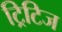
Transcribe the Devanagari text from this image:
ट्रिटिज